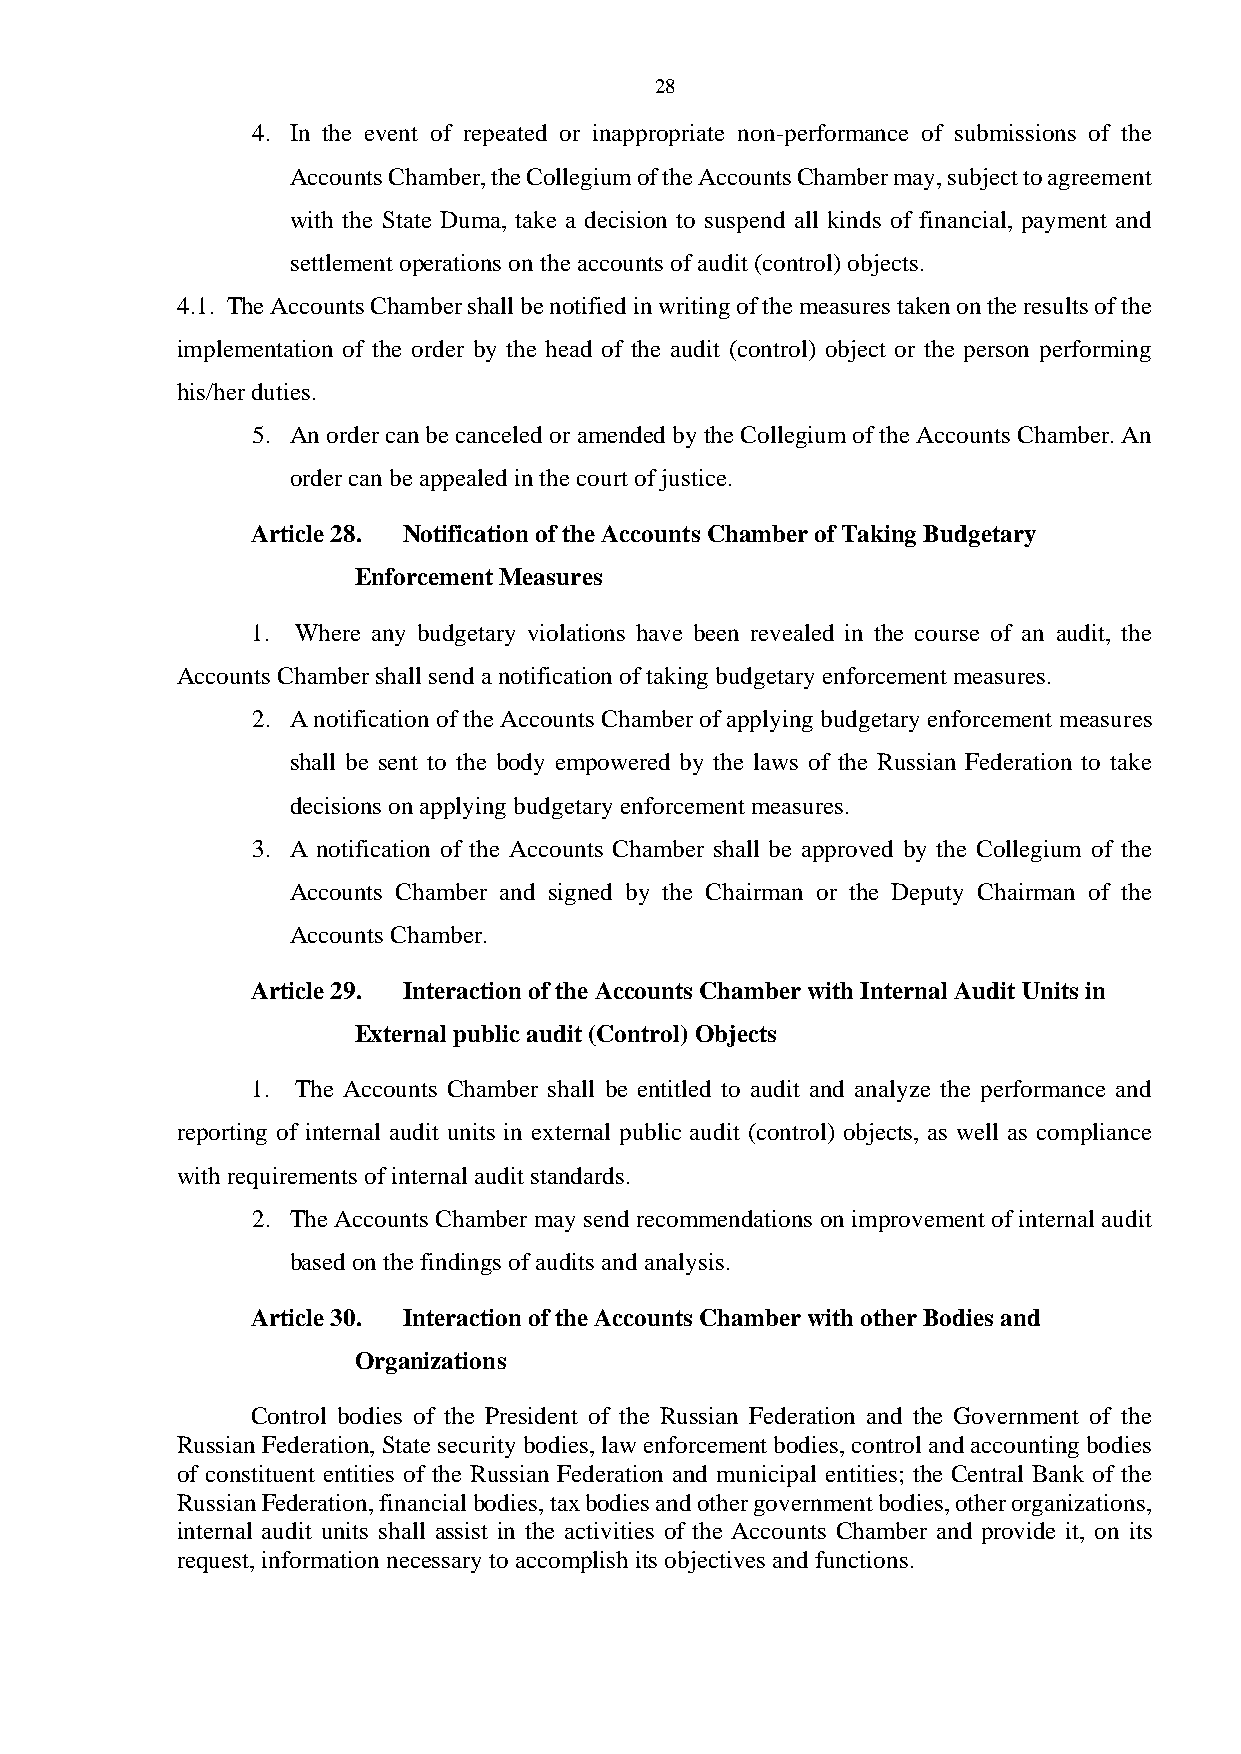
28
 4. In the event of repeated or inappropriate non-performance of submissions of the
 Accounts Chamber, the Collegium of the Accounts Chamber may, subject to agreement
 with the State Duma, take a decision to suspend all kinds of financial, payment and
 settlement operations on the accounts of audit (control) objects.
 4.1. The Accounts Chamber shall be notified in writing of the measures taken on the results of the
 implementation of the order by the head of the audit (control) object or the person performing
 his/her duties.
 5. An order can be canceled or amended by the Collegium of the Accounts Chamber. An
 order can be appealed in the court of justice.
 Article 28. Notification of the Accounts Chamber of Taking Budgetary
 Enforcement Measures
 1. Where any budgetary violations have been revealed in the course of an audit, the
 Accounts Chamber shall send a notification of taking budgetary enforcement measures.
 2. A notification of the Accounts Chamber of applying budgetary enforcement measures
 shall be sent to the body empowered by the laws of the Russian Federation to take
 decisions on applying budgetary enforcement measures.
 3. A notification of the Accounts Chamber shall be approved by the Collegium of the
 Accounts Chamber and signed by the Chairman or the Deputy Chairman of the
 Accounts Chamber.
 Article 29. Interaction of the Accounts Chamber with Internal Audit Units in
 External public audit (Control) Objects
 1. The Accounts Chamber shall be entitled to audit and analyze the performance and
 reporting of internal audit units in external public audit (control) objects, as well as compliance
 with requirements of internal audit standards.
 2. The Accounts Chamber may send recommendations on improvement of internal audit
 based on the findings of audits and analysis.
 Article 30. Interaction of the Accounts Chamber with other Bodies and
 Organizations
 Control bodies of the President of the Russian Federation and the Government of the
 Russian Federation, State security bodies, law enforcement bodies, control and accounting bodies
 of constituent entities of the Russian Federation and municipal entities; the Central Bank of the
 Russian Federation, financial bodies, tax bodies and other government bodies, other organizations,
 internal audit units shall assist in the activities of the Accounts Chamber and provide it, on its
 request, information necessary to accomplish its objectives and functions.